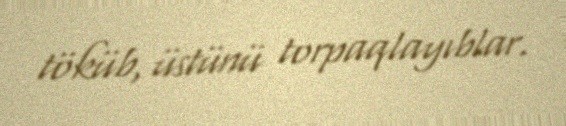
töküb, üstünü torpaqlayıblar.